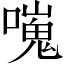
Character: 𠿯